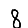
Digit: 8